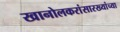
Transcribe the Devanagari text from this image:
खानोलकरांसारख्यांच्या